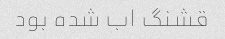
قشنگ اب شده بود